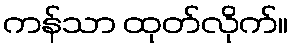
ကန်သာ ထုတ်လိုက်။